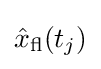
{\hat {x}}_{\mathrm {fl} }(t_{j})